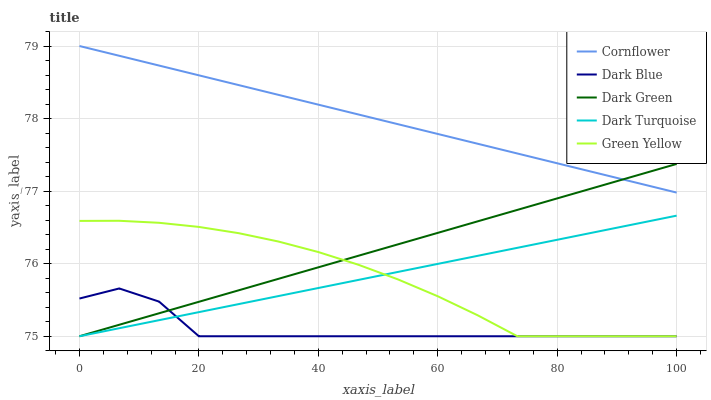
| xaxis_label | Cornflower | Dark Blue | Dark Green | Dark Turquoise | Green Yellow |
 | --- | --- | --- | --- | --- | --- |
 | 0 | 79 | 75.5 | 75 | 75 | 76.6 |
 | 6.67 | 78.9 | 75.7 | 75.2 | 75.1 | 76.6 |
 | 13.3 | 78.7 | 75.5 | 75.3 | 75.2 | 76.6 |
 | 20 | 78.6 | 75 | 75.5 | 75.3 | 76.5 |
 | 26.7 | 78.5 | 75 | 75.6 | 75.4 | 76.4 |
 | 33.3 | 78.3 | 75 | 75.8 | 75.6 | 76.3 |
 | 40 | 78.2 | 75 | 75.9 | 75.7 | 76.2 |
 | 46.7 | 78.1 | 75 | 76.1 | 75.8 | 76 |
 | 53.3 | 77.9 | 75 | 76.3 | 75.9 | 75.8 |
 | 60 | 77.8 | 75 | 76.4 | 76 | 75.6 |
 | 66.7 | 77.7 | 75 | 76.6 | 76.1 | 75.3 |
 | 73.3 | 77.5 | 75 | 76.7 | 76.2 | 75 |
 | 80 | 77.4 | 75 | 76.9 | 76.3 | 75 |
 | 86.7 | 77.2 | 75 | 77.1 | 76.4 | 75 |
 | 93.3 | 77.1 | 75 | 77.2 | 76.6 | 75 |
 | 100 | 77 | 75 | 77.4 | 76.7 | 75 |